Civil Veterinary Dept. Assam report 1927-50 - 1927-1950
Year: 1927
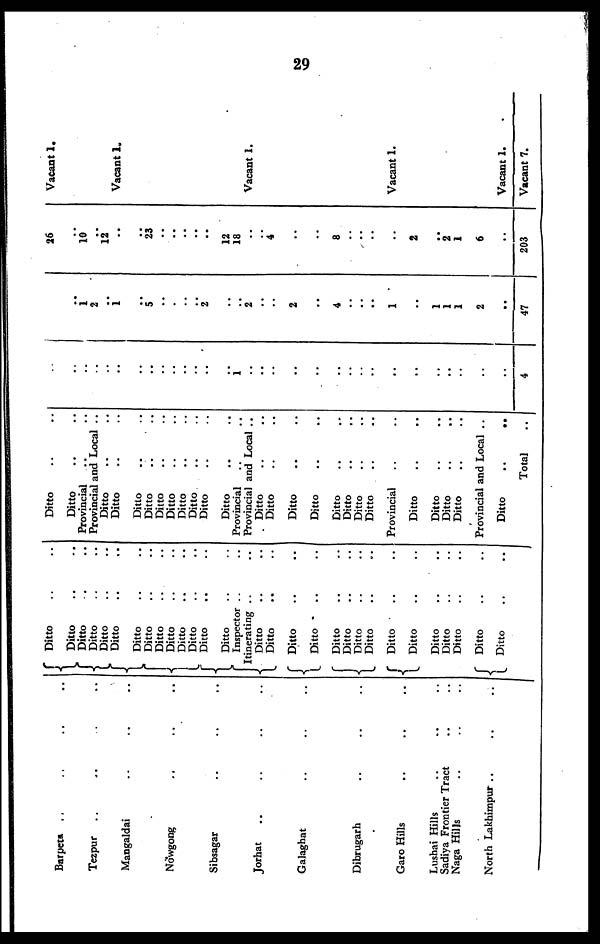
29
Barpeta .. .. .. ..
Tezpur .. .. .. ..
Mangaldai .. .. ..
Nowgong .. .. ..
Sibsagar .. .. ..
Jorhat .. .. .. ..
Galaghat .. .. ..
Dibrugarh .. .. ..
Garo Hills .. .. ..
Lushai Hills .. .. ..
Sadiya Frontier Tract .. ..
Naga Hills .. .. ..
North Lakhimpur .. .. ..
Ditto .. ..
Ditto .. ..
Ditto .. ..
Ditto .. ..
Ditto .. ..
Ditto .. ..
Ditto .. ..
Ditto .. ..
Ditto .. ..
Ditto .. ..
Ditto .. ..
Ditto .. ..
Ditto .. ..
Ditto .. ..
Inspector .. ..
Itinerating .. ..
Ditto .. ..
Ditto .. ..
Ditto .. ..
Ditto .. ..
Ditto .. ..
Ditto .. ..
Ditto .. ..
Ditto .. ..
Ditto .. ..
Ditto .. ..
Ditto .. ..
Ditto .. ..
Ditto .. ..
Ditto .. ..
Ditto .. ..
Ditto .. ..
Ditto .. ..
Provincial .. ..
Provincial and Local ..
Ditto .. ..
Ditto .. ..
Ditto .. ..
Ditto .. ..
Ditto .. ..
Ditto .. ..
Ditto .. ..
Ditto .. ..
Ditto .. ..
Ditto .. ..
Provincial .. ..
Provincial and Local ..
Ditto .. ..
Ditto .. ..
Ditto .. ..
Ditto .. ..
Ditto .. ..
Ditto .. ..
Ditto .. ..
Ditto .. ..
Provincial .. ..
Ditto .. ..
Ditto .. ..
Ditto .. ..
Ditto .. ..
Provincial and Local ..
Ditto
..
..
Total ..
..
..
..
..
..
..
..
..
..
..
..
..
..
..
..
..
..
..
..
..
..
..
..
..
..
..
..
..
..
..
..
4
..
1
2
..
1
..
5
..
.
..
..
2
..
..
2
..
..
2
..
4
..
..
..
1
..
1
1
1
2
..
47
26
..
10
..
12
..
..
23
..
..
..
..
..
12
18
..
..
4
..
..
8
..
..
..
..
2
..
2
1
6
..
203
Vacant 1.
Vacant 1.
Vacant 1.
Vacant 1.
Vacant 1.
Vacant 7.